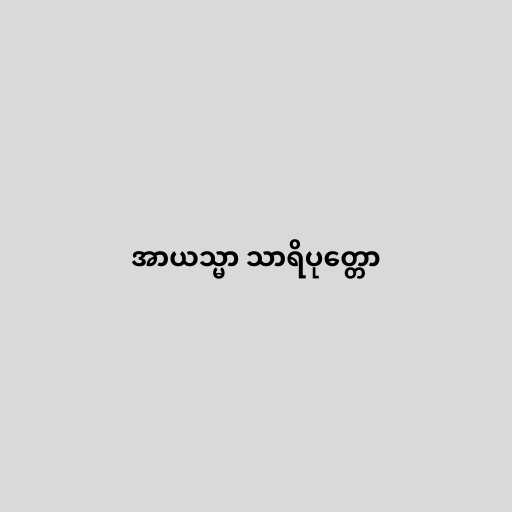
အာယသ္မာ သာရိပုတ္တော